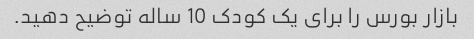
بازار بورس را برای یک کودک 10 ساله توضیح دهید.